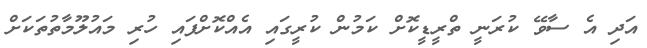
އަދި އެ ސާވޭ ކުރަނީ ތްރީޑީކޮށް ކަމުން ކުރީގައި އެއްކޮށްފައި ހުރި މައުލޫމާތުތަކަށް